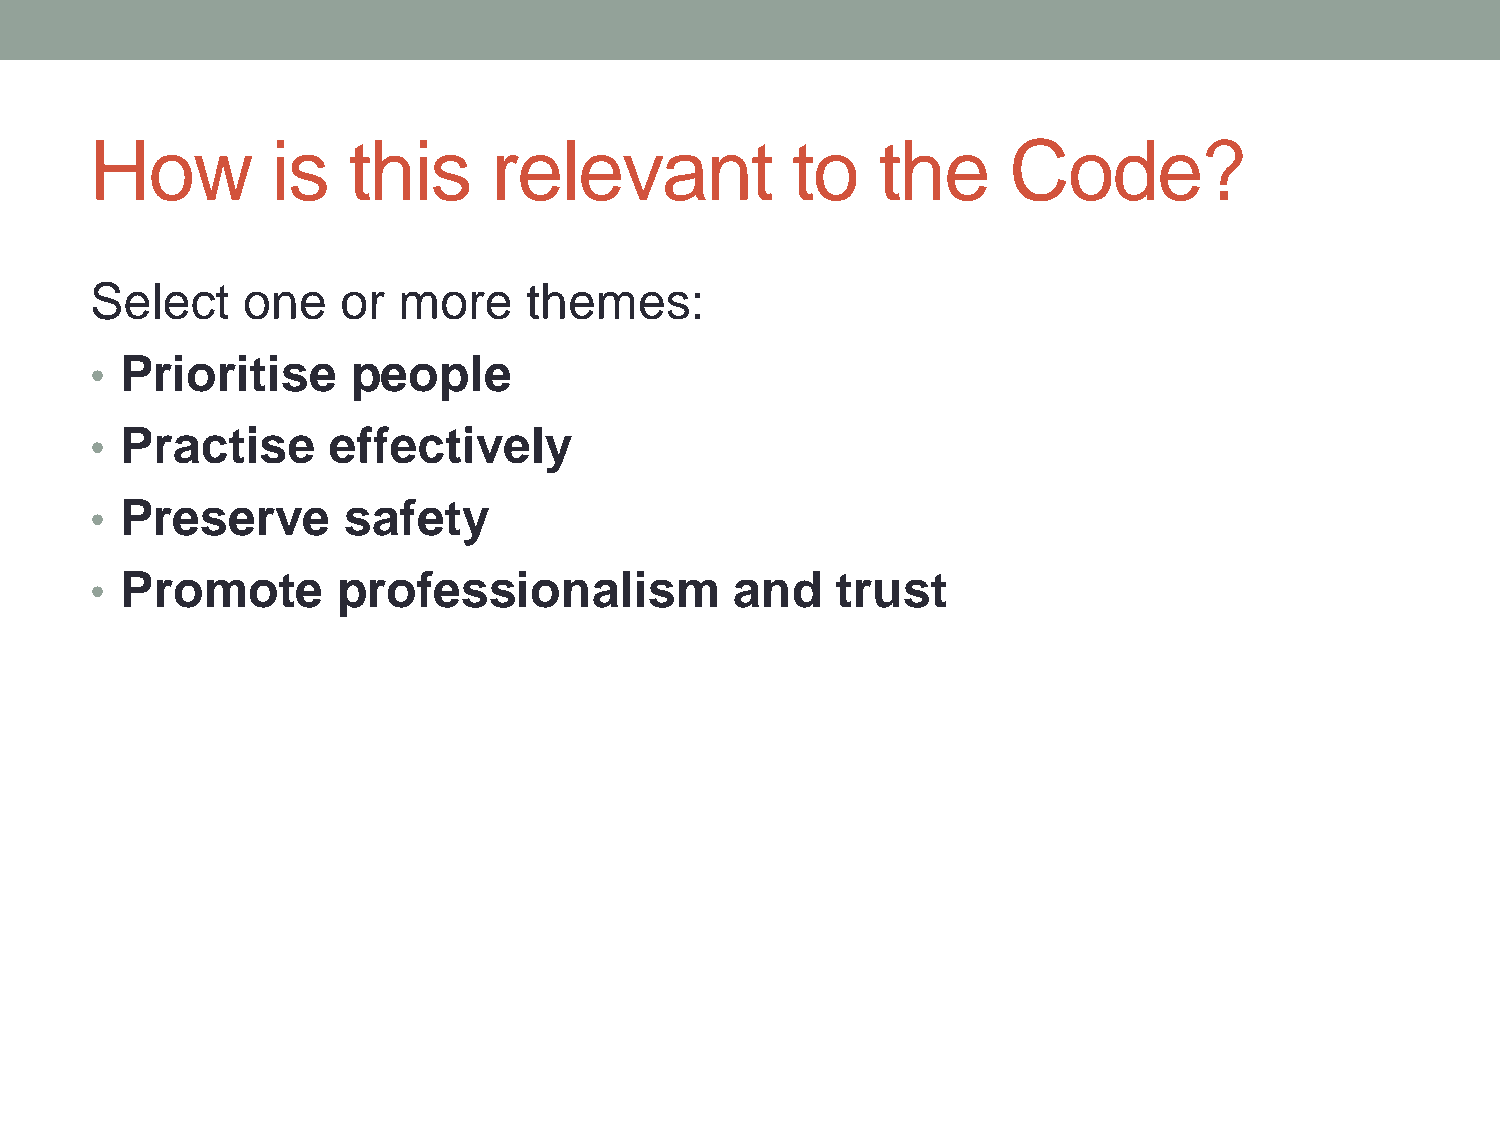
How         is   this      relevant           to    the      Code?
 Select    one    or more     themes:
 • Prioritise     people
 • Practise      effectively
 • Preserve       safety
 • Promote       professionalism            and   trust